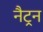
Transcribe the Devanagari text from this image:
नैट्रन